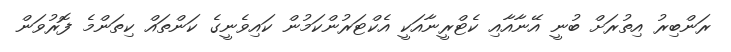
ރަންބިރު އިތުރަށް ބުނީ އޭނާއާއި ކެޓްރީނާއަކީ އެކްޓަރުންކަމުން ކައިވެނީގެ ކަންތައް ކިތަންމެ ފޮރުވަން